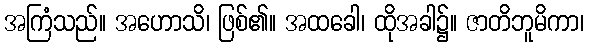
အကြံသည်။ အဟောသိ၊ ဖြစ်၏။ အထခေါ၊ ထိုအခါ၌။ ဇာတိဘူမိကာ၊